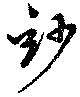
玅